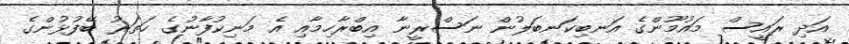
އަދި ރައީސް މައުމޫންގެ އަނބިކަނބަލުން ނަސްރީނާ އިބްރާހިމާއި އެ މަނިކުފާނުގެ ހަތަރު ބޭފުޅުންގެ